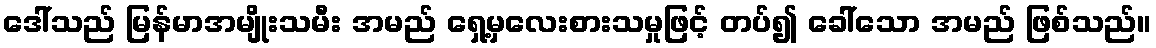
ဒေါ်သည် မြန်မာအမျိုးသမီး အမည် ရှေ့မှလေးစားသမှုဖြင့် တပ်၍ ခေါ်သော အမည် ဖြစ်သည်။